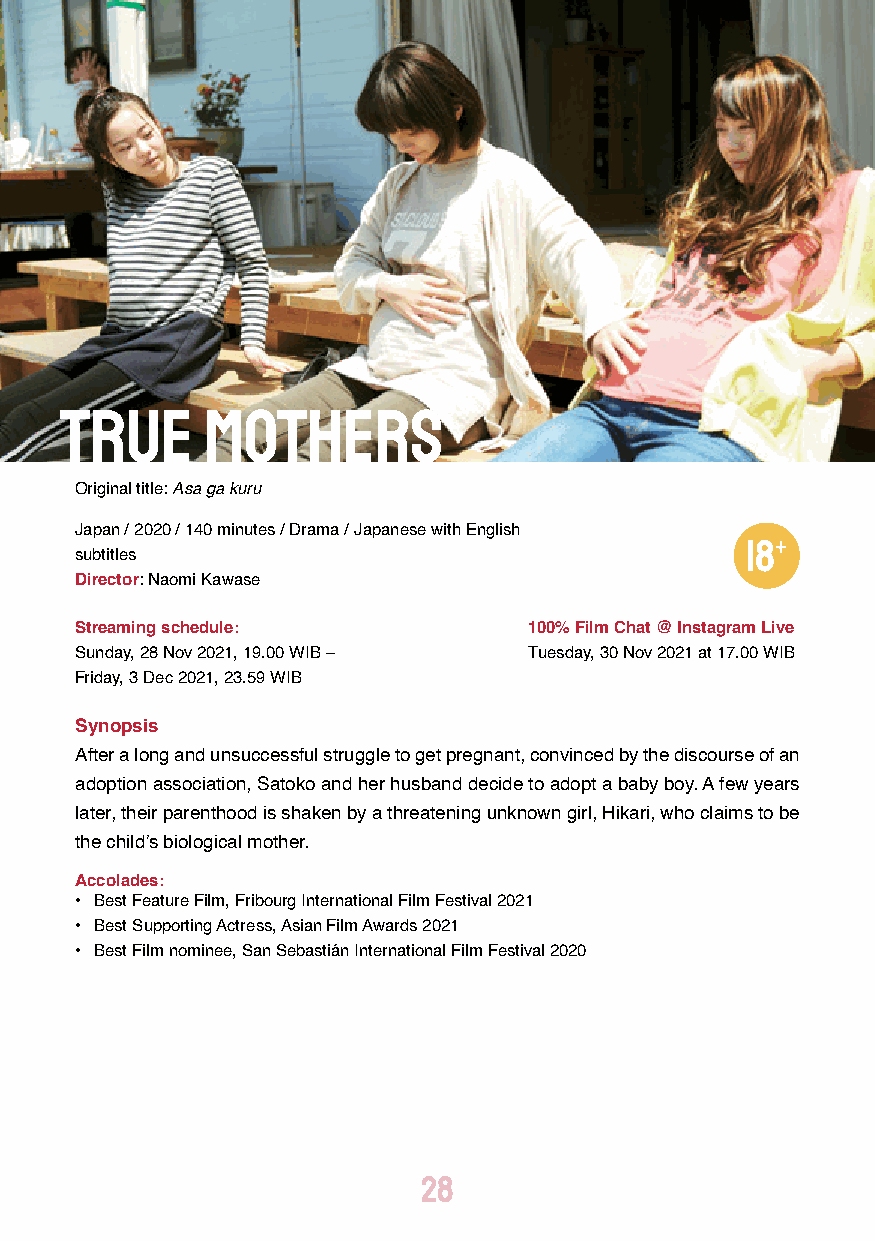
TRUE     MOTHERS
 Original title: Asa ga kuru
 Japan / 2020 / 140 minutes / Drama / Japanese with English
 subtitles
 Director: Naomi Kawase
 Streaming schedule:           100% Film Chat @ Instagram Live
 Sunday, 28 Nov 2021, 19.00 WIB – Tuesday, 30 Nov 2021 at 17.00 WIB
 Friday, 3 Dec 2021, 23.59 WIB
 Synopsis
 After a long and unsuccessful struggle to get pregnant, convinced by the discourse of an
 adoption association, Satoko and her husband decide to adopt a baby boy. A few years
 later, their parenthood is shaken by a threatening unknown girl, Hikari, who claims to be
 the child’s biological mother.
 Accolades:
 • Best Feature Film, Fribourg International Film Festival 2021
 • Best Supporting Actress, Asian Film Awards 2021
 • Best Film nominee, San Sebastián International Film Festival 2020
 28